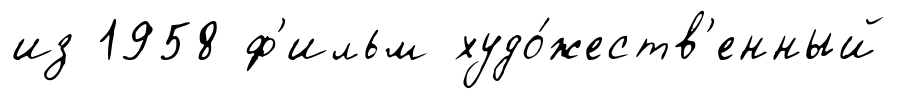
из 1958 ф'ильм худо́жеств'енный